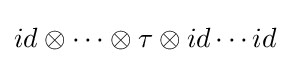
id\otimes \cdots \otimes \tau \otimes id\cdots id